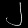
Digit: ၂